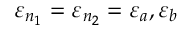
\varepsilon _ { n _ { 1 } } = \varepsilon _ { n _ { 2 } } = \varepsilon _ { a } , \varepsilon _ { b }